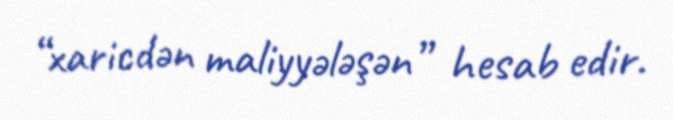
“xaricdən maliyyələşən” hesab edir.